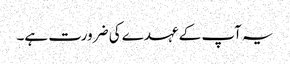
یہ آپ کے عہدے کی ضرورت ہے۔